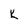
Character: K